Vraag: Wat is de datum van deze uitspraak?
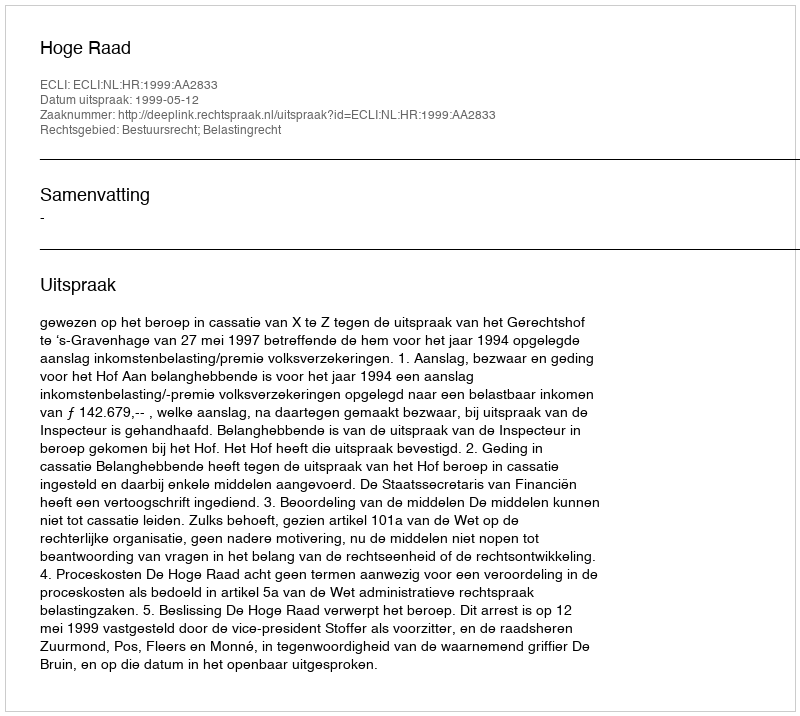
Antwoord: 1999-05-12